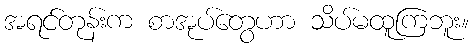
အရင်တုန်းက စာအုပ်တွေဟာ သိပ်မထူကြဘူး။